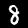
Digit: 8